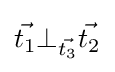
{\vec {t_{1}}}\bot _{\vec {t_{3}}}{\vec {t_{2}}}